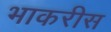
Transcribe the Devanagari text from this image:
भाकरीस